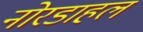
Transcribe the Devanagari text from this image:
नोरडाहल